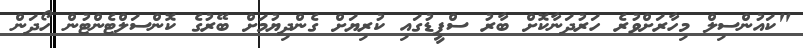
"ކައުންސިލް މިހާރަށްވުރެ ހަރުދަނާކޮށް ބާރު ސްޕީޑުގައި ކުރިޔަށް ގެންދިޔުމަށް ބޭރުގެ ކޮންސަލްޓެންޓުން ހޯދަން